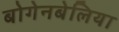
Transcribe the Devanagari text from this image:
बोगेनबेलिया